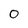
Character: 0